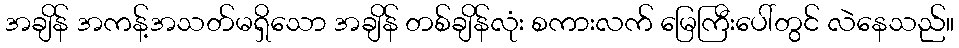
အချိန် အကန့်အသတ်မရှိသော အချိန် တစ်ချိန်လုံး စကားလက် မြေကြီးပေါ်တွင် လဲနေသည်။